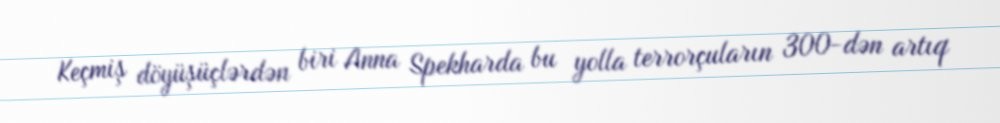
Keçmiş döyüşüçlərdən biri Anna Spekharda bu yolla terrorçuların 300-dən artıq